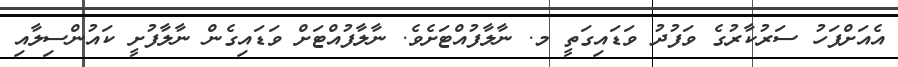
އެއަށްފަހު ސަރުކާރުގެ ވަފުދު ވަޑައިގަތީ މ. ނާލާފުއްޓަށެވެ. ނާލާފުއްޓަށް ވަޑައިގެން ނާލާފުށީ ކައުންސިލާއި